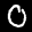
Label: 0